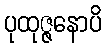
ပုထုဇ္ဇနောပိ